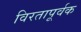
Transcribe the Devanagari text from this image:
विरतापूर्वक